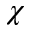
\chi